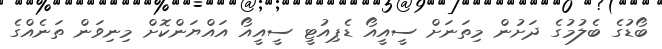
ބޯޑުގެ ބެލުމުގެ ދަށުން މިތަނަށް ސީއީއޯ ޑެޕިއުޓީ ސީއީއޯ އައްޔަންކޮށް މިނިވަން ތަނެއްގެ